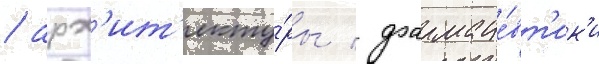
/ арх'ит'екту́ры / фармаце́вт'ик'и